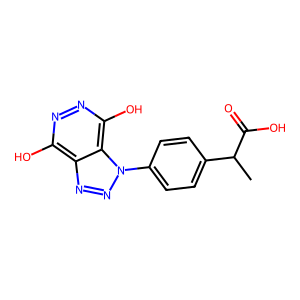
SMILES: CC(C(=O)O)c1ccc(-n2nnc3c(O)nnc(O)c32)cc1
Inhibits HIV replication: No